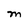
Character: M